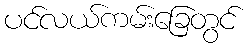
ပင်လယ်ကမ်းခြေတွင်